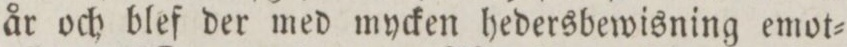
år och blef der med mycken hedersbewisning emot=